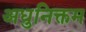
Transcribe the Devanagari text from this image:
अधुनिक्तम